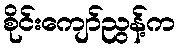
စိုင်းကျော်ညွန့်က